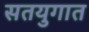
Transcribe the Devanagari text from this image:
सतयुगात